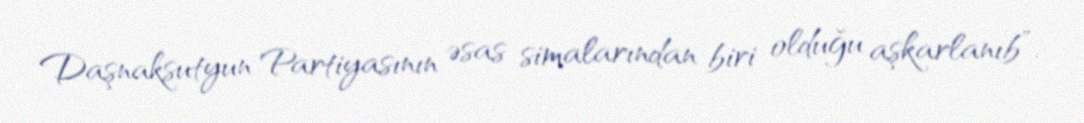
Daşnaksutyun Partiyasının əsas simalarından biri olduğu aşkarlanıb”.